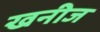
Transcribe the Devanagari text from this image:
खनीज